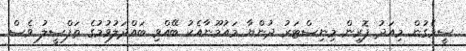
ސީމެގުން މިއަދު ފޮރިން މިނިސްޓަރު ދުންޔާ މައުމޫނާއެކު ބޭއްވި ބައްދަލުވުމުގެ ތަފްސީލު ވެސް